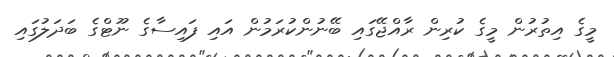
މީގެ އިތުރުން މީގެ ކުރިން ރާއްޖޭގައި ބޭނުންކުރަމުން އައި ފައިސާގެ ނޫޓްގެ ބަދަލުގައި